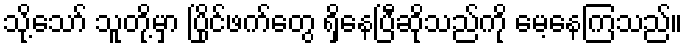
သို့သော် သူတို့မှာ ပြိုင်ဖက်တွေ ရှိနေပြီဆိုသည်ကို မေ့နေကြသည်။